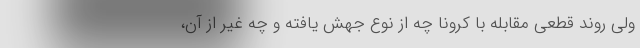
ولی روند قطعی مقابله با کرونا چه از نوع جهش یافته و چه غیر از آن،